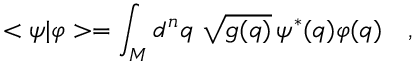
< \psi | \varphi > = \int _ { M } d ^ { n } q \ \sqrt { g ( q ) } \, \psi ^ { * } ( q ) \varphi ( q ) \ \ \ ,